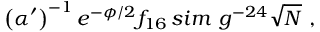
\left( \alpha ^ { \prime } \right) ^ { - 1 } e ^ { - \phi / 2 } f _ { 1 6 } \, s i m \ g ^ { - 2 4 } \sqrt { N } \ ,